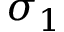
\sigma _ { 1 }